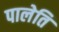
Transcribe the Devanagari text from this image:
पालेति